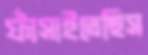
ফাঁসাইতেছিস